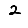
Digit: 2